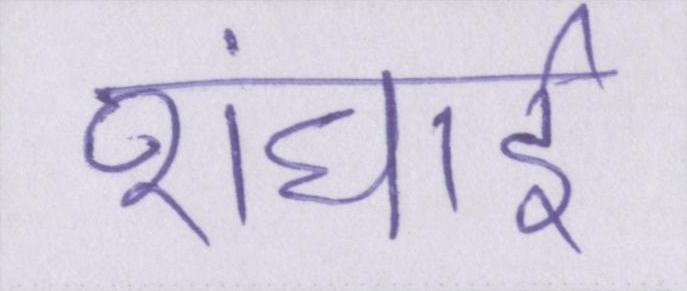
शंघाई